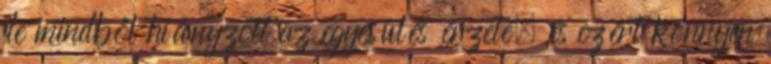
de mindből hiányzott az egyesülés érzete, és ezért könnyen